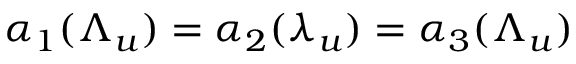
\alpha _ { 1 } ( \Lambda _ { u } ) = \alpha _ { 2 } ( \lambda _ { u } ) = \alpha _ { 3 } ( \Lambda _ { u } )